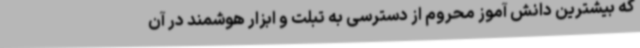
که بیشترین دانش آموز محروم از دسترسی به تبلت و ابزار هوشمند در آن